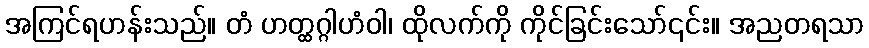
အကြင်ရဟန်းသည်။ တံ ဟတ္ထဂ္ဂါဟံဝါ၊ ထိုလက်ကို ကိုင်ခြင်းသော်၎င်း။ အညတရသာ